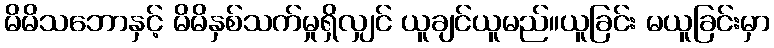
မိမိသဘောနှင့် မိမိနှစ်သက်မှုရှိလျှင် ယူချင်ယူမည်။ယူခြင်း မယူခြင်းမှာ